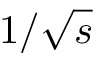
1 / \sqrt { s }